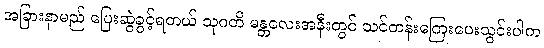
အခြားနာမည် ပြေးဆွဲခွင့်ရတယ် သုဂတိ မန္တလေးအနီးတွင် သင်တန်းကြေးပေးသွင်းပါက